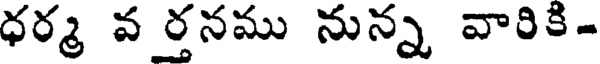
ధర్మ వ ర్తనము నున్న వారికి-